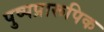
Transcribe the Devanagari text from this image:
पुष्पप्रारूपिक